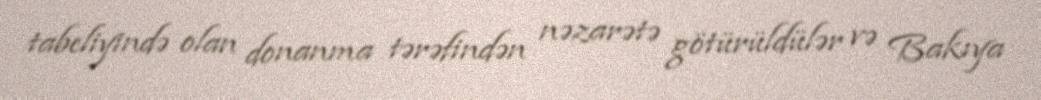
tabeliyində olan donanma tərəfindən nəzarətə götürüldülər və Bakıya